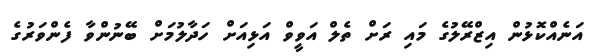
އަނެއްކޮޅުން އިޒްރޭލުގެ މައި ރަށް ތެލް އަވީވް އަޅިއަށް ހަދާލުމަށް ބޭނުންވާ ފެންވަރުގެ